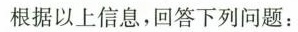
根据以上信息，回答下列问题：